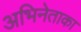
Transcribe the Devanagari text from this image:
अभिनेताका